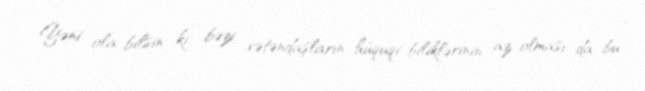
Yəni ola bilsin ki, bəzi vətəndaşların hüquqi biliklərinin az olması da bu